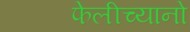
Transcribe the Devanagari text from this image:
फेलीच्यानो